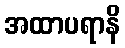
အထာပရာနိ